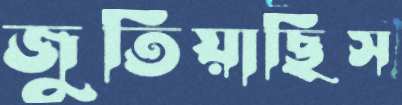
জুতিয়াছিস